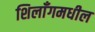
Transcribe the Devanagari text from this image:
शिलाँगमधील